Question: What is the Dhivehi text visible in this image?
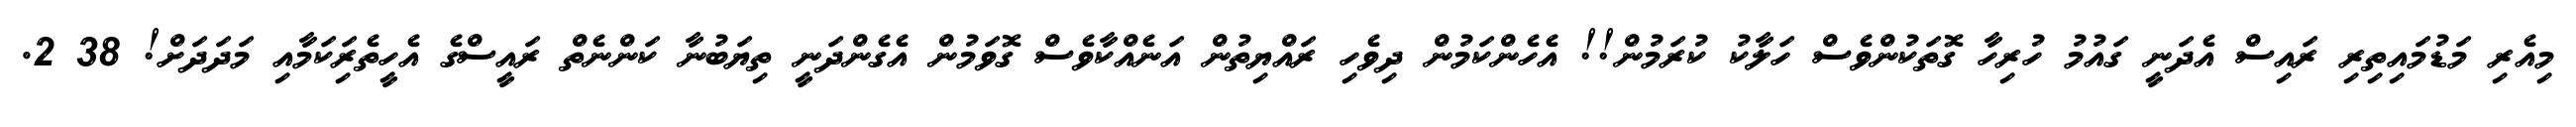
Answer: މިއެރި މަޑުމައިތިރި ރައިސް އެދަނީ ގައުމު ހުރިހާ ގޮތަކުންވެސް ހަލާކު ކުރަމުން!! އެހެންކަމުން ދިވެހި ރައްޔިތުން އަނެއްކާވެސް ގޮވަމުން އެގެންދަނީ ތިޔަބުނާ ކަންނެތް ރައީސްގެ އެހީތެރިަކަމާއި މަދަދަށް! 38 2.